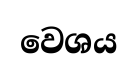
වෙශය